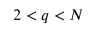
2 < q < N